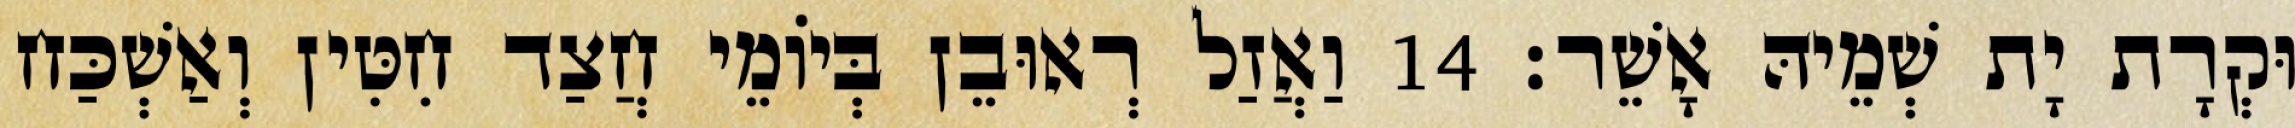
וּקְרָת יָת שְׁמֵיהּ אָשֵׁר׃ 14 וַאֲזַל רְאוּבֵן בְּיוֹמֵי חֲצַד חִטִּין וְאַשְׁכַּח